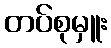
တပ်စုမှူး